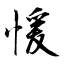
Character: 愋